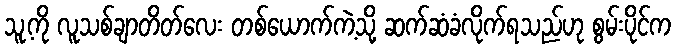
သူ့ကို လူသစ်ချာတိတ်လေး တစ်ယောက်ကဲ့သို့ ဆက်ဆံခံလိုက်ရသည်ဟု စွမ်းပိုင်က